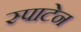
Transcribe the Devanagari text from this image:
स्पाटेन